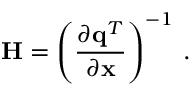
{ \bf H } = \left( \frac { \partial { \bf q } ^ { T } } { \partial { \bf x } } \right) ^ { - 1 } \, .